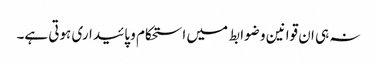
نہ ہی ان قوانین و ضوابط میں استحکام و پائیداری ہوتی ہے۔